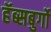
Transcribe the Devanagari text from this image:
हॅब्सबुर्गो